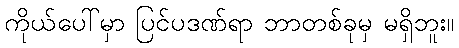
ကိုယ်ပေါ်မှာ ပြင်ပဒဏ်ရာ ဘာတစ်ခုမှ မရှိဘူး။